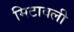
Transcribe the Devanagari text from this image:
मिटावली